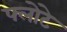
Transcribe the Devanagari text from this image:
फ्लोटे